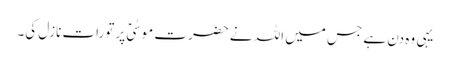
یہی وہ دن ہے جس میں اللہ نے حضرت موسٰیؑ پر تورات نازل کی۔